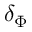
\delta _ { \Phi }